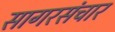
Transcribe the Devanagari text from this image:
सागरसंचार